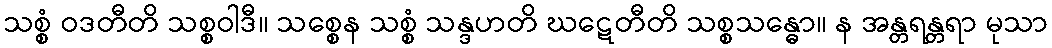
သစ္စံ ဝဒတီတိ သစ္စဝါဒီ။ သစ္စေန သစ္စံ သန္ဒဟတိ ဃဋေတီတိ သစ္စသန္ဓော။ န အန္တရန္တရာ မုသာ